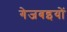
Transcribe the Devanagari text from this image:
गेजबइयों